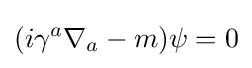
(i\gamma ^{a}\nabla _{a}-m)\psi =0